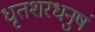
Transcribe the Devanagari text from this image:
धृतशरधनुषं